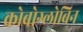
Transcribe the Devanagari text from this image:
कोबोग्लोबिन